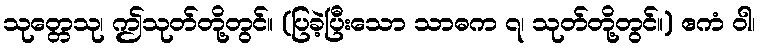
သုတ္တေသု၊ ဤသုတ်တို့တွင်။ (ပြခဲ့ပြီးသော သာဓက ၇၊ သုတ်တို့တွင်။) ဧကံ ဝါ၊